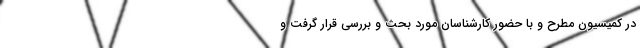
در کمیسیون مطرح و با حضور کارشناسان مورد بحث و بررسی قرار گرفت و